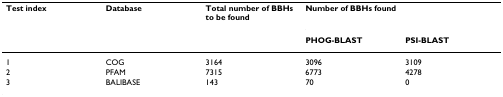
| Test index | Database | Total number of BBHs to be found | <COLSPAN=2> Number of BBHs found |
 |  |  |  | PHOG-BLAST | PSI-BLAST |
 | --- | --- | --- | --- | --- |
 | 1 | COG | 3164 | 3096 | 3109 |
 | 2 | PFAM | 7315 | 6773 | 4278 |
 | 3 | BALIBASE | 143 | 70 | 0 |